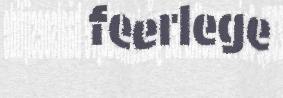
feerlege